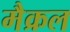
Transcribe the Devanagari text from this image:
मैक्रल